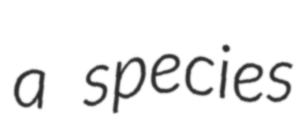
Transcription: a species